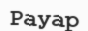
Рауар